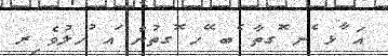
އަ ާޅ ެނ ޮގތާ ެބ ޭހ ޮގތުން ައ ުހލުވެ ިރ